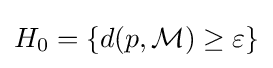
H_{0}=\{d(p,{\mathcal {M}})\geq \varepsilon \}